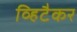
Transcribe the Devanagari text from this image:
व्हिटैकर